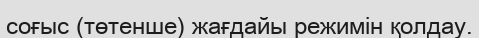
соғыс (төтенше) жағдайы режимін қолдау.